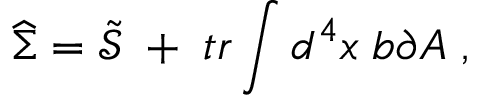
\widehat { \Sigma } = \widetilde { \mathcal { S } } \; + \; t r \int d ^ { 4 } x \; b \partial A \; ,